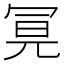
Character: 𭁶